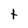
Character: t